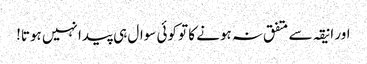
اور انیقہ سے متفق نہ ہونے کا تو کوئی سوال ہی پیدا نہیں ہوتا!